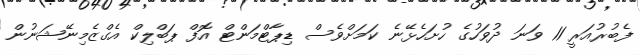
ފެބުރުއަރީ 11 ވަނަ ދުވަހުގެ ހުށަހެޅޭނެ ކަމަށްވެސް ޑިޕާޓްމަންޓް އޮފް ޕަބްލިކް އެގްޒެމިނޭޝަނުން